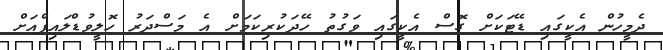
ދެމީހުން އެކީގައި ޑޭޓަކަށް ގޮސް އެކީގައި ވަގުތު ހޭދަކުރިކަމަށް އެ މަސްދަރު ހޮލީވުޑްލައިފްއަށް